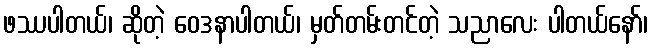
ဖဿပါတယ်၊ ဆိုတဲ့ ဝေဒနာပါတယ်၊ မှတ်တမ်းတင်တဲ့ သညာလေး ပါတယ်နော်၊